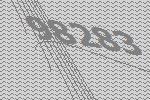
98283